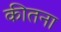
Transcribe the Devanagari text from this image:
कीतना